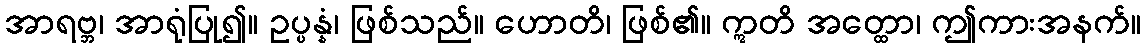
အာရဗ္ဘ၊ အာရုံပြု၍။ ဥပ္ပန္နံ၊ ဖြစ်သည်။ ဟောတိ၊ ဖြစ်၏။ ဣတိ အတ္ထော၊ ဤကားအနက်။